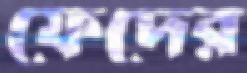
ফেদের